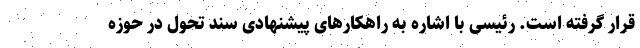
قرار گرفته است. رئیسی با اشاره به راهکارهای پیشنهادی سند تحول در حوزه